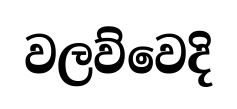
වලව්වෙදි